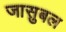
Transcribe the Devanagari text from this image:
जासुबल